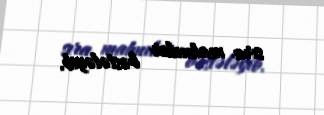
sıra mahnılar bəstələyib.